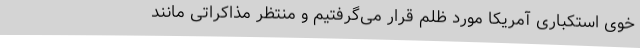
خوی استکباری آمریکا مورد ظلم قرار می‌گرفتیم و منتظر مذاکراتی مانند